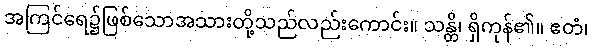
အကြင်ရေ၌ဖြစ်သောအသားတို့သည်လည်းကောင်း။ သန္တိ၊ ရှိကုန်၏။ ဧတံ၊